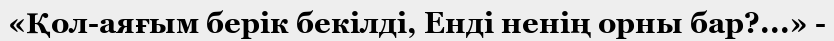
«Қол-аяғым берік бекілді, Енді ненің орны бар?...» -